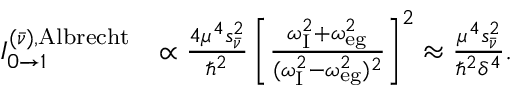
\begin{array} { r l } { I _ { 0 \to 1 } ^ { ( \bar { \nu } ) , \mathrm { A l b r e c h t } } } & { \propto \frac { 4 \mu ^ { 4 } s _ { \bar { \nu } } ^ { 2 } } { \hbar ^ { 2 } } \left[ \frac { \omega _ { \mathrm { { I } } } ^ { 2 } + \omega _ { \mathrm { e g } } ^ { 2 } } { ( \omega _ { \mathrm { { I } } } ^ { 2 } - \omega _ { \mathrm { e g } } ^ { 2 } ) ^ { 2 } } \right] ^ { 2 } \approx \frac { \mu ^ { 4 } s _ { \bar { \nu } } ^ { 2 } } { \hbar ^ { 2 } \delta ^ { 4 } } . } \end{array}